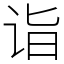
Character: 诣